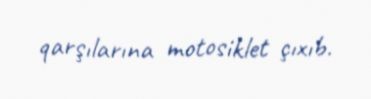
qarşılarına motosiklet çıxıb.